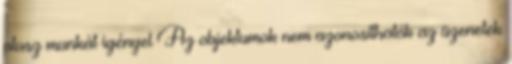
plusz munkát igényel Az objektumok nem azonosíthatók az üzenetek